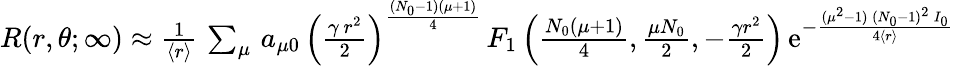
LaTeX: \begin{array}{r}{R(r,\theta;\infty)\approx{\frac{1}{\langle r\rangle}}\, \sum_{\mu}\, a_{\mu 0}\, \left({\frac{\gamma\, r^{2}}{2}}\right)^{\frac{(N_{0}-1)(\mu+1)}{4}}\, F_{1}\left(\frac{N_{0}(\mu+1)}{4},\frac{\mu N_{0}}{2},-\frac{\gamma r^{2}}{2}\right)\, \mathrm{e}^{-{\frac{(\mu^{2}-1)\, (N_{0}-1)^{2}\, I_{0}}{4\langle r\rangle}}}}\end{array}